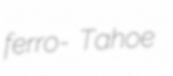
ferro- Tahoe